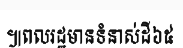
៕ពលរដ្ឋមានទំនាស់ដី៦៥